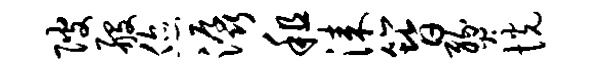
陂般您潺租漆簪燹恍